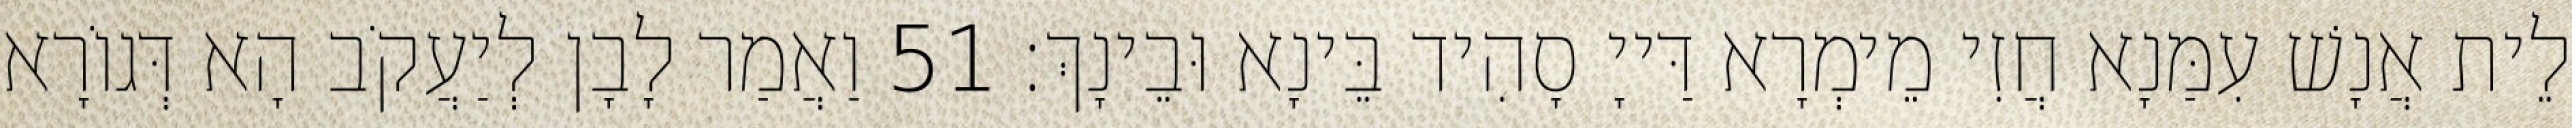
לֵית אֲנָשׁ עִמַּנָא חֲזִי מֵימְרָא דַּייָ סָהִיד בֵּינָא וּבֵינָךְ׃ 51 וַאֲמַר לָבָן לְיַעֲקֹב הָא דְּגוֹרָא